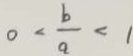
0 < \frac { b } { a } < 1